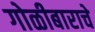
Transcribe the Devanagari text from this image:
गोळीबाराचे